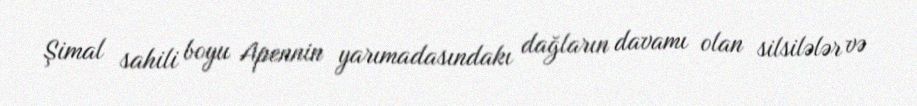
Şimal sahili boyu Apennin yarımadasındakı dağların davamı olan silsilələr və